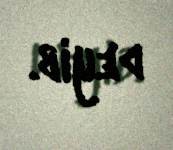
deyib.